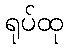
ရုပ်ထု